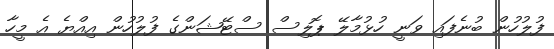
ފުލުހުން ބުނެފައި ވަނީ ހުޅުމާލޭ ޕޮލިސް ސްޓޭޝަންގެ ފުލުހުން އިއްޔެ އެ މީހާ